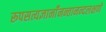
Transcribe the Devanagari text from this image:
रूपसत्यज्ञानाँनन्तानन्दलक्षणे